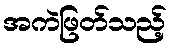
အကဲဖြတ်သည့်